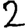
Digit: 2